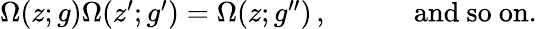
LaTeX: \begin{array}{cc}{{\Omega(z;g)\Omega(z^{\prime};g^{\prime})=\Omega(z;g^{\prime\prime})\, ,~~~~}}&{{~~~~\mathrm{and~so~on.}}}\end{array}